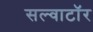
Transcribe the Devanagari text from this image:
सल्वाटॉर